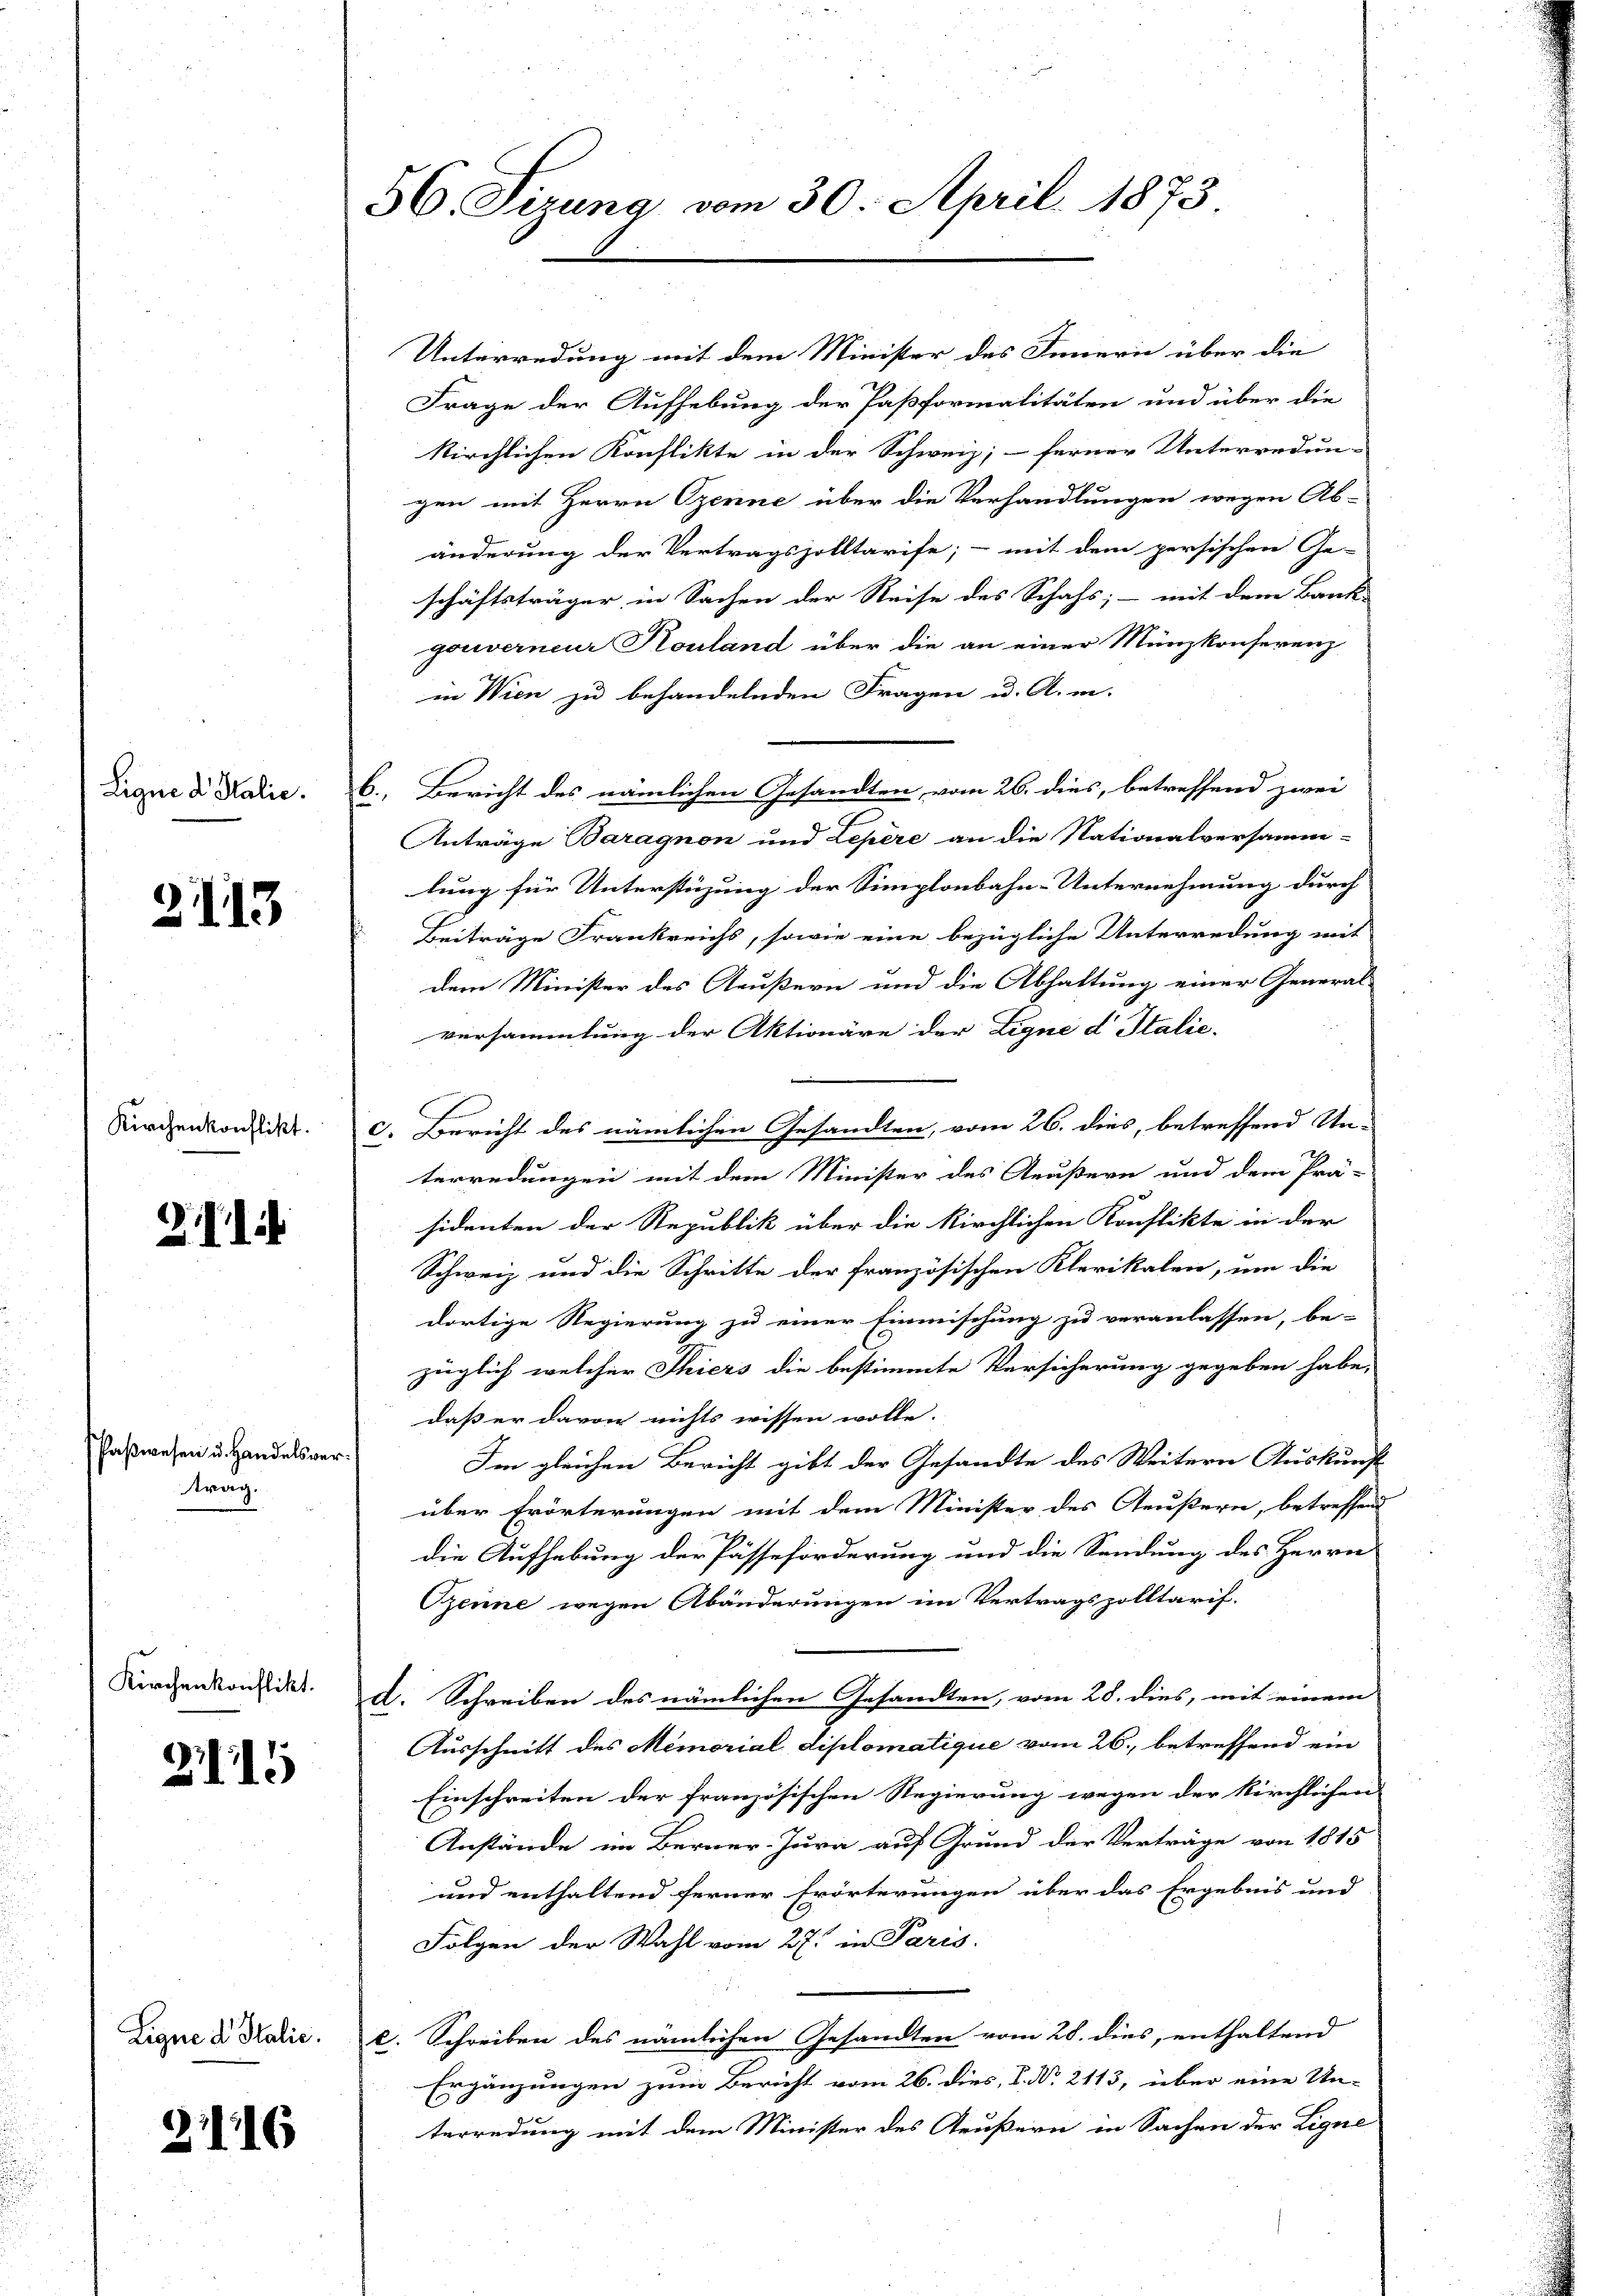
Ligne d Salic.

2113

Kirchenkonflikt.

2114

aßwesen u. Handelsvertrag.

Kirchenkonflikt.

Z 1111

Ligne d. Stalic.

3116

56. Sizung vom 30. April 1873

Unterredung mit dem Minister des Innern über die
Frage der Aufhebung der Paßformalitäten und über die
kirchlichen Konflikte in der Schweiz, ferner Unterredun-
gen mit Herrn Ozenne über die Verhandlungen wegen Ab-
änderung der Vertragszolltarife; - mit dem persischen Ge-
schäftsträger in Sachen der Reise des Schafs; - mit dem Bank-
gouverneur Kouland über die an einer Münzkonferenz
in Wien zu behandelnden Fragen u. A. m.
b. Bericht des nämlichen Gesandten, vom 26. dies, betreffend zwei
Anträge Baragnon und Lepère an die Nationalversamm-
lung für Unterstüzung der Simplonbahn-Unternehmung durch
Beiträge Frankreichs, sowie eine bezügliche Unterredung mit
dem Minister des Aeußern und die Abhaltung einer Generalversammlung der Aktionäre der Lique d Italie-
f
C. Bericht des nämlichen Gesandten, vom 26. dies, betreffend Un-
terredungen mit dem Minister des Aeußern und dem Prä-
sidenten der Republik über die Kirchlichen Konflikte in der
Schweiz und die Schritte der französischen Klerikalen, um die
dortige Regierung zu einer Einmischung zu veranlassen, be-
züglich welcher Thiers die bestimmte Versicherung gegeben habe,
daß er davon nichts wissen wolle.
Im gleichen Bericht gibt der Gesandte des Weitern Auskunft
über Erörterungen mit dem Minister des Aeußern, betreffend
die Aufhebung der Pässeförderung und die Sendung des Herrn
Szenne wegen Abänderungen im Vertragszolltarif-
d. Schreiben des nämlichen Gesandten, vom 28. dies, mit einem
Ausschnitt des Memorial diplomatique vom 26. betreffend ein
Einschreiten der französischen Regierung wegen der Kirchlichen
Anstände im Berner-Jura auf Grund der Verträge von 1815
und enthaltend ferner Erörterungen über das Ergebnis und
Folgen der Wahl vom 27. in Paris.
c. Schreiben des nämlichen Gesandten vom 28. dies, enthaltend
Ergänzungen zum Bericht vom 26. dies, P. Nr. 2113, über eine Un-
terredung mit dem Minister des Aeußern in Sachen der Ligne